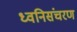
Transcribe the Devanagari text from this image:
ध्वनिसंचरण